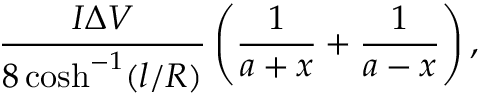
\frac { I \Delta V } { 8 \cosh ^ { - 1 } ( l / R ) } \left( \frac { 1 } { a + x } + \frac { 1 } { a - x } \right) ,